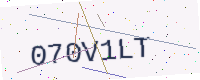
Text: 070V1LT